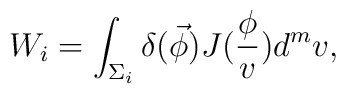
W_i=\int_{\Sigma _i}\delta (\vec \phi )J(\frac \phi v)d^mv,